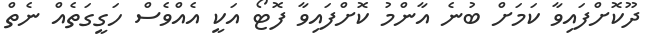
ދޫކޮށްފައިވާ ކަމަށް ބުނެ އާންމު ކޮށްފައިވާ ފޮޓޯ އަކީ އެއްވެސް ހަގީގަތެއް ނެތް